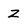
Character: Z